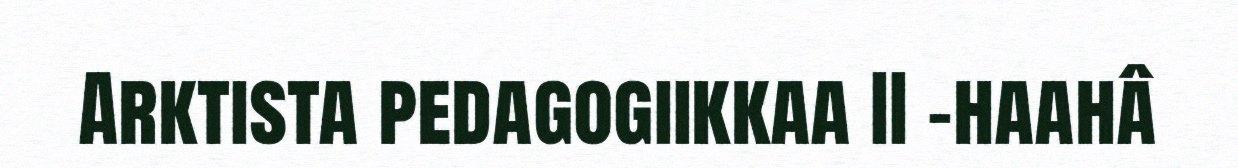
Arktista pedagogiikkaa II -haahâ